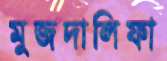
মুজদালিফা